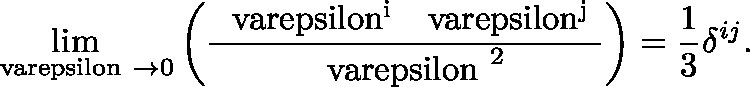
\operatorname * { l i m } _ { { \mathrm { \boldmath ~ \ v a r e p s i l o n ~ } } \to 0 } \left( \frac { \mathrm { { \boldmath ~ \ v a r e p s i l o n ^ { i } ~ } } \mathrm { { \boldmath ~ \ v a r e p s i l o n ^ { j } ~ } } } { { \mathrm { \boldmath ~ \ v a r e p s i l o n ~ } } ^ { 2 } } \right) = \frac { 1 } { 3 } \delta ^ { i j } .